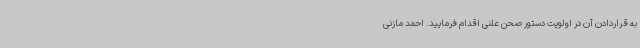
به قراردادن آن در اولویت دستور صحن علنی اقدام فرمایید. احمد مازنی